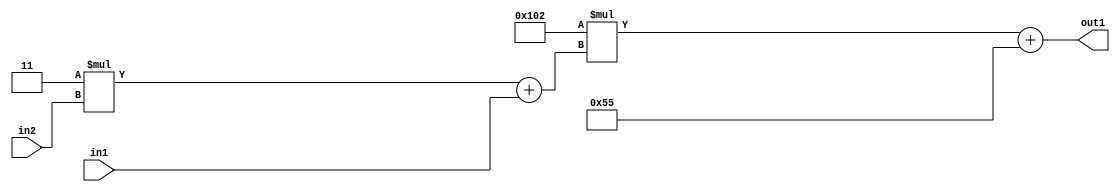
`timescale 1ps / 1ps
/*****************************************************************************
    Verilog RTL Description
    
    
    Created by: Stratus DpOpt 2019.1.01 
*******************************************************************************/

module DC_Filter_Add2i85Mul2i258Add2u1Mul2i3u2_1 (
	in2,
	in1,
	out1
	); /* architecture "behavioural" */ 
input [1:0] in2;
input  in1;
output [11:0] out1;
wire [11:0] asc001;
wire [3:0] asc002;

wire [3:0] asc002_tmp_0;
assign asc002_tmp_0 = 
	+(4'B0011 * in2);
assign asc002 = asc002_tmp_0
	+(in1);

wire [11:0] asc001_tmp_1;
assign asc001_tmp_1 = 
	+(12'B000100000010 * asc002);
assign asc001 = asc001_tmp_1
	+(12'B000001010101);

assign out1 = asc001;
endmodule

/* CADENCE  v7b2TAg= : u9/ySgnWtBlWxVPRXgAZ4Og= ** DO NOT EDIT THIS LINE ******/